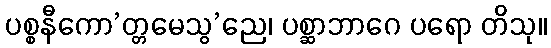
ပစ္စနီကော’တ္တမေသွ’ညေ၊ ပစ္ဆာဘာဂေ ပရော တိသု။